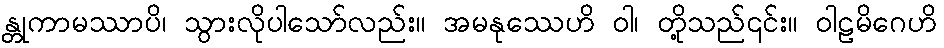
န္တုကာမဿာပိ၊ သွားလိုပါသော်လည်း။ အမနုဿေဟိ ဝါ၊ တို့သည်၎င်း။ ဝါဠမိဂေဟိ